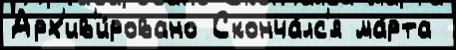
Арх'ив'и́ровано Сконча́лс'я ма́рта